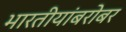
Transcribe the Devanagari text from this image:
भारतीयांबरोबर